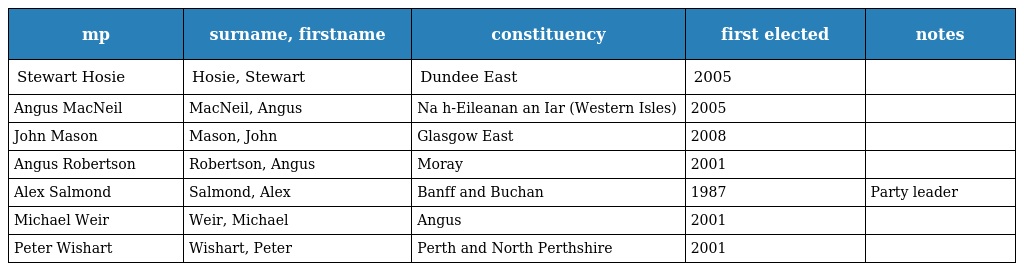
| mp | surname, firstname | constituency | first elected | notes |
 | --- | --- | --- | --- | --- |
 | Stewart Hosie | Hosie, Stewart | Dundee East | 2005 |  |
 | Angus MacNeil | MacNeil, Angus | Na h-Eileanan an Iar (Western Isles) | 2005 |  |
 | John Mason | Mason, John | Glasgow East | 2008 |  |
 | Angus Robertson | Robertson, Angus | Moray | 2001 |  |
 | Alex Salmond | Salmond, Alex | Banff and Buchan | 1987 | Party leader |
 | Michael Weir | Weir, Michael | Angus | 2001 |  |
 | Peter Wishart | Wishart, Peter | Perth and North Perthshire | 2001 |  |